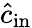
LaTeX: \hat{c}_{\mathrm{in}}